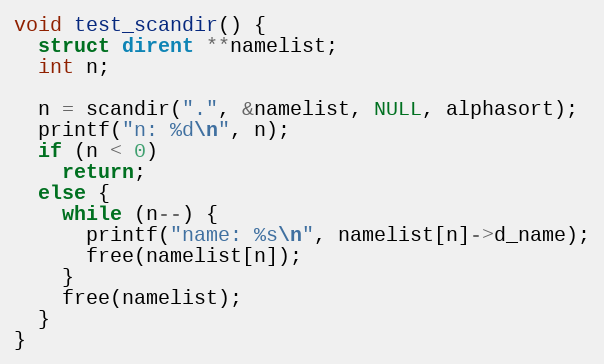
Language: C++
void test_scandir() {
  struct dirent **namelist;
  int n;

  n = scandir(".", &namelist, NULL, alphasort);
  printf("n: %d\n", n);
  if (n < 0)
    return;
  else {
    while (n--) {
      printf("name: %s\n", namelist[n]->d_name);
      free(namelist[n]);
    }
    free(namelist);
  }
}